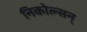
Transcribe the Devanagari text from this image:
निकोल्सन्‌